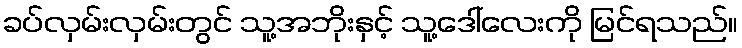
ခပ်လှမ်းလှမ်းတွင် သူ့အဘိုးနှင့် သူ့ဒေါ်လေးကို မြင်ရသည်။